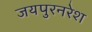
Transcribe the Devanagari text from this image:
जयपुरनरेश